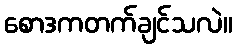
စောဒကတက်ချင်သလဲ။